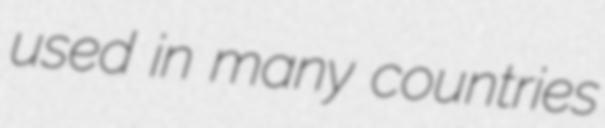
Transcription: used in many countries